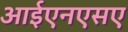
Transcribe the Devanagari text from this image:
आईएनएसए